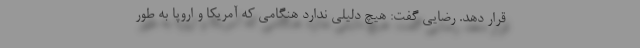
قرار دهد. رضایی گفت: هیچ دلیلی ندارد هنگامی که آمریکا و اروپا به طور